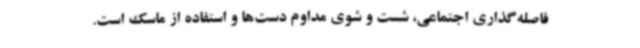
فاصله‌گذاری اجتماعی، شست و شوی مداوم دست‌ها و استفاده از ماسک است.